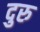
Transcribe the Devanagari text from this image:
दुरु